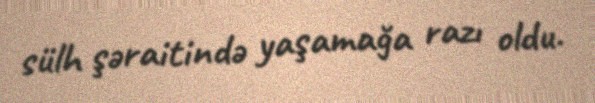
sülh şəraitində yaşamağa razı oldu.